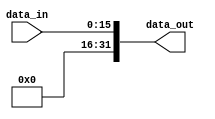
module Ext16(
    input [15:0] data_in,       
    output [31:0] data_out
    );
    assign data_out = {16'b0,data_in};
endmodule